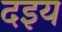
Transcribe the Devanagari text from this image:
दइय